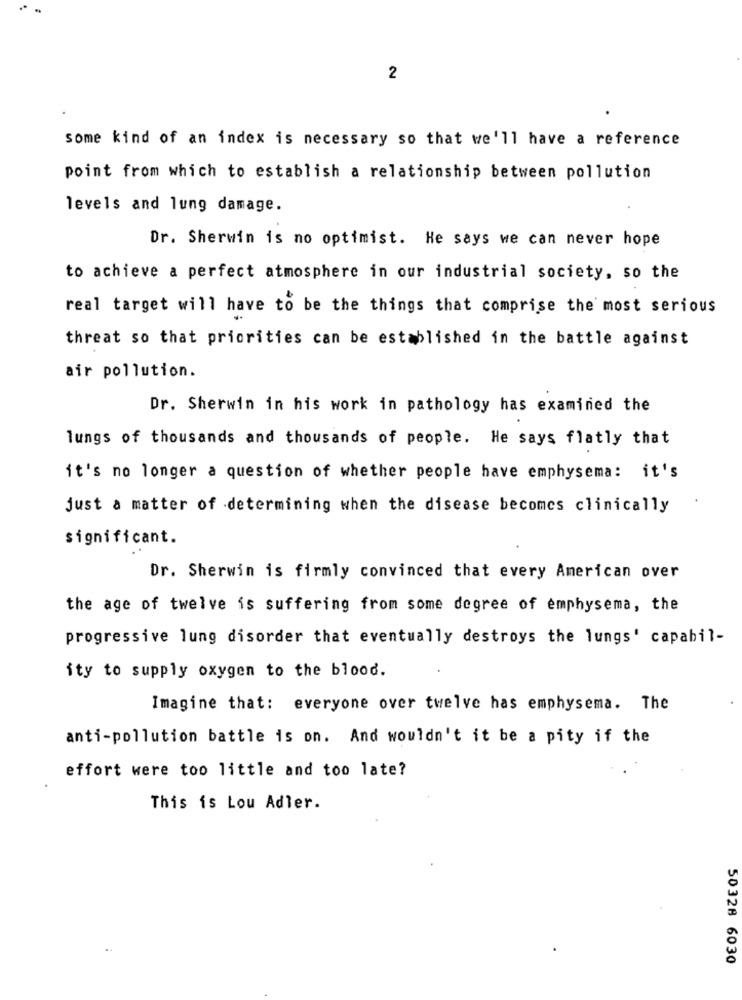
2
some kind of an index is necessary so that we'll have a reference
point from which to establish a relationship between pollution
levels and lung damage.
Dr. Sherwin is no optimist. He says we can never hope
to achieve a perfect atmosphere in our industrial society, so the
real target will have to be the things that comprise the most serious
threat so that priorities can be established in the battle against
air pollution.
Dr. Sherwin in his work in pathology has examined the
lungs of thousands and thousands of people. He says flatly that
it's no longer a question of whether people have emphysema: it's
just a matter of determining when the disease becomes clinically
significant.
Dr. Sherwin is firmly convinced that every American over
the age of twelve is suffering from some degree of emphysema, the
progressive lung disorder that eventually destroys the lungs' capabil-
ity to supply oxygen to the blood.
Imagine that: everyone over twelve has emphysema. The
anti-pollution battle is on. And wouldn't it be a pity if the
effort were too little and too late?
This is Lou Adler.
50328 6030